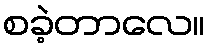
စခဲ့တာလေ။